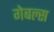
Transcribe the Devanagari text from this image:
गेबल्स